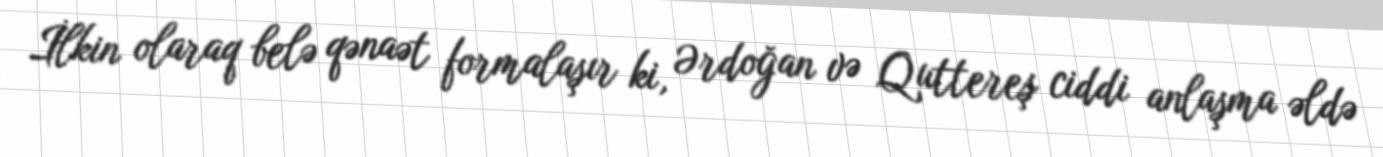
İlkin olaraq belə qənaət formalaşır ki, Ərdoğan və Quttereş ciddi anlaşma əldə